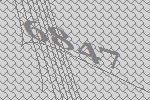
6847